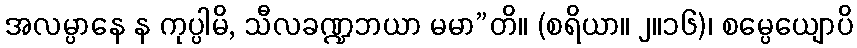
အလမ္ပာနေ န ကုပ္ပါမိ, သီလခဏ္ဍဘယာ မမာ”တိ။ (စရိယာ။ ၂။၁၆)၊ စမ္ပေယျောပိ